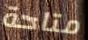
متاحة